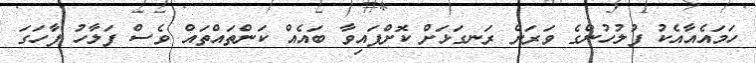
ހަމައެއާއެކު ފުލުހުންގެ ވަރަށް ރަނގަޅަށް ކޮށްފައިވާ ބައެއް ކަންތައްތައް ވެސް ފަލާހު ފާހަގަ